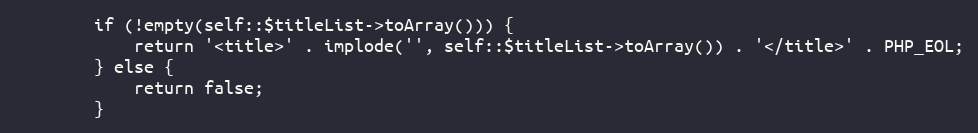
Language: PHP
        if (!empty(self::$titleList->toArray())) {
            return '<title>' . implode('', self::$titleList->toArray()) . '</title>' . PHP_EOL;
        } else {
            return false;
        }